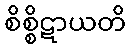
စိစ္စိဋာယတိ